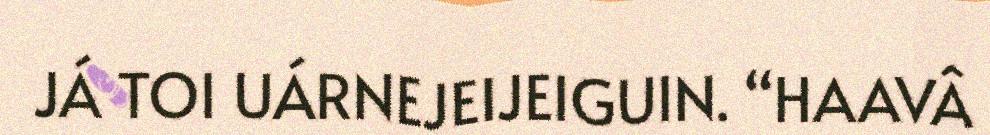
JÁ TOI UÁRNEJEIJEIGUIN. “HAAVÂ